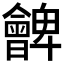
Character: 朇